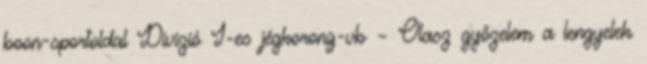
boon-sportoldal Divízió I-es jégkorong-vb – Olasz győzelem a lengyelek